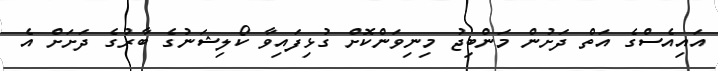
އައިއެސްގެ އަތް ދަށުން މަންބިޖު މިނިވަންކޮށް ގުޅިފައިވާ ކޯލިޝަނުގެ ބާރުގެ ދަށަށް އެ